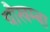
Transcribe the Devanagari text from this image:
चाैखम्बा